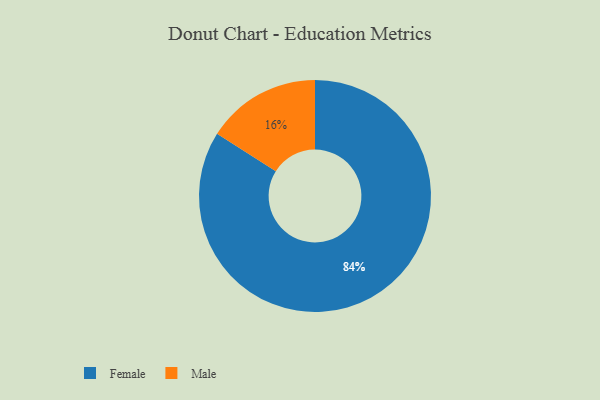
{"axis": {"x": "Category", "y": "Percentage"}, "legend": ["Female", "Male"], "data": [{"x": "Male", "y": 16, "type": "Male"}, {"x": "Female", "y": 84, "type": "Female"}]}